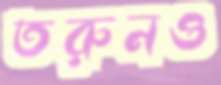
তরুনও